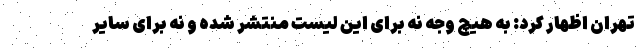
تهران اظهار کرد: به هیچ وجه نه برای این لیست منتشر شده و نه برای سایر